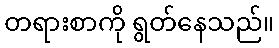
တရားစာကို ရွတ်နေသည်။